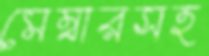
মেম্বারসহ